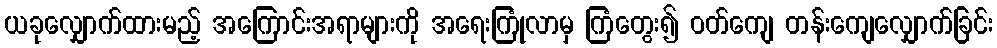
ယခုလျှောက်ထားမည့် အကြောင်းအရာများကို အရေးကြုံလာမှ ကြံတွေး၍ ဝတ်ကျေ တန်းကျေလျှောက်ခြင်း